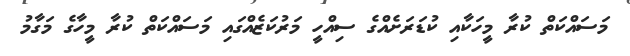
މަސައްކަތް ކުރާ މީހަކާއި ކުޑަރަށެއްގެ ސިއްހީ މަރުކަޒެއްގައި މަސައްކަތް ކުރާ މީހާގެ މަގާމު